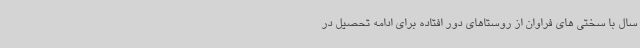
سال با سختی های فراوان از روستاهای دور افتاده برای ادامه تحصیل در